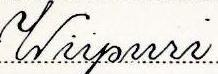
Wiipuri